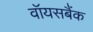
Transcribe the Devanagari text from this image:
वॉयसबैंक